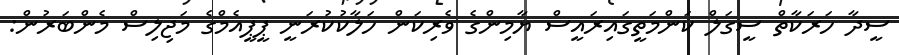
ސީދާ ހަރަކާތް ސީގަލް ކަންމަތީގައިރައީސް ޔާމިންގެ ވެރިކަން ހަލާކުކުރަނީ ޕީޕީއެމްގެ މަޖިލިސް މެންބަރުން: